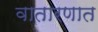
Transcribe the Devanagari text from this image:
वातारणात